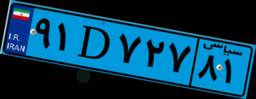
۹۱D۷۲۷۸۱